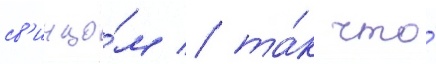
св'инцо́м / та́к что́